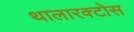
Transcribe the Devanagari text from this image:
थालारक्टोस